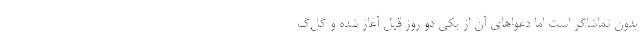
بدون تماشاگر است اما دعواهای آن از یکی دو روز قبل آغاز شده و گل‌گ